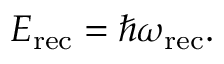
E _ { \mathrm { r e c } } = \hbar \omega _ { \mathrm { r e c } } .